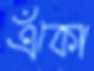
এঁকো